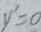
y ^ { \prime } = 0